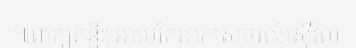
៕ពាក្យគន្លឹះ អាមេរិកអាកាសចរណ៍ស៊ីវិល